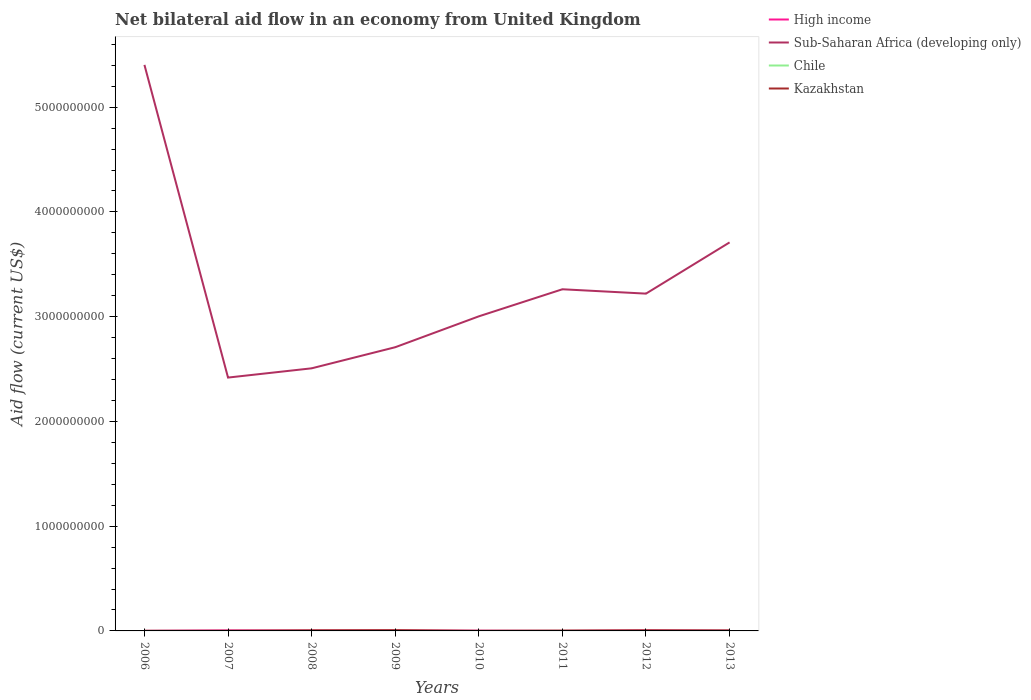
| Years | High income | Sub-Saharan Africa (developing only) | Chile | Kazakhstan |
 | --- | --- | --- | --- | --- |
 | 2006 | 1.64e+06 | 5.4e+09 | 8.6e+05 | 1.7e+05 |
 | 2007 | 5.97e+06 | 2.42e+09 | 5.2e+05 | 6.6e+05 |
 | 2008 | 3.69e+06 | 2.51e+09 | 4.8e+05 | 5.42e+06 |
 | 2009 | 4.25e+06 | 2.71e+09 | 5.9e+05 | 6.95e+06 |
 | 2010 | 3.12e+06 | 3e+09 | 6.6e+05 | 3.4e+05 |
 | 2011 | 1.04e+06 | 3.26e+09 | 5.5e+05 | 2.73e+06 |
 | 2012 | 5.89e+06 | 3.22e+09 | 1.4e+06 | 5.22e+06 |
 | 2013 | 6.59e+06 | 3.71e+09 | 3.09e+06 | 2.8e+06 |